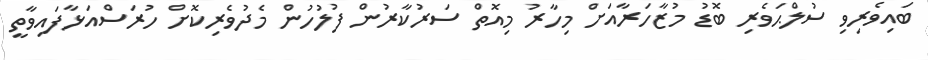
ބައިވެރިވި ސުލްޙަވެރި ބޮޑު މުޒާހަރާއަށް މިހާރު މިއޮތް ސަރުކާރުން ފުލުހުން މެދުވެރިކޮށް ހުރަސްއަޅާފައިވާތީ